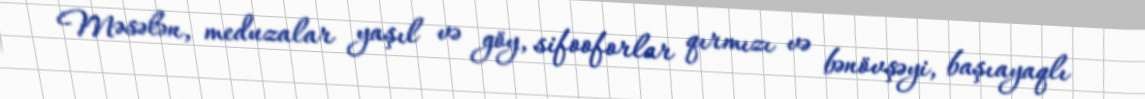
Məsələn, meduzalar yaşıl və göy, sifooforlar qırmızı və bənövşəyi, başıayaqlı